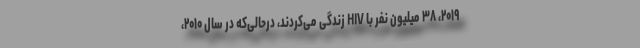
۲۰۱۹، ۳۸ میلیون نفر با HIV زندگی می‌کردند، درحالی‌که در سال ۲۰۱۰،